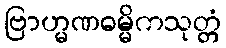
ဗြာဟ္မဏဓမ္မိကသုတ္တံ